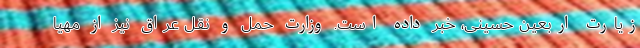
زیارت اربعین حسینی، خبر داده است. وزارت حمل و نقل عراق نیز از مهیا